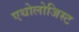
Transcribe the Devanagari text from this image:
एथोलोजिस्ट